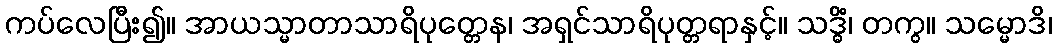
ကပ်လေပြီး၍။ အာယသ္မာတာသာရိပုတ္တေန၊ အရှင်သာရိပုတ္တရာနှင့်။ သဒ္ဓိံ၊ တကွ။ သမ္မောဒိ၊